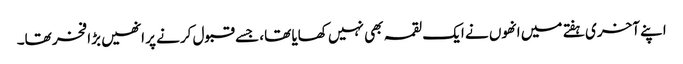
اپنے آخری ہفتے میں انھوں نے ایک لقمہ بھی نہیں کھایا تھا، جسے قبول کرنے پر انھیں بڑا فخر تھا۔